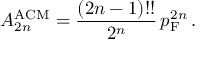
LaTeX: A _ { 2 n } ^ { \mathrm { A C M } } = { \frac { ( 2 n - 1 ) ! ! } { 2 ^ { n } } } \, p _ { \mathrm { F } } ^ { 2 n } \, .